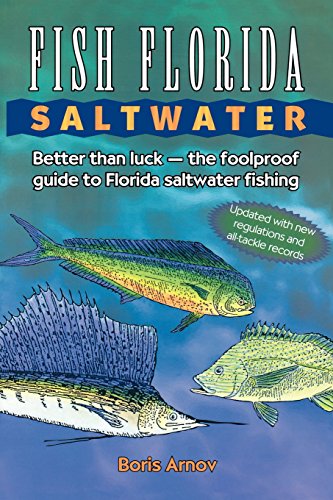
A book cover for Fish Florida Saltwater: Better Than LuckThe Foolproof Guide to Florida Saltwater Fishing; Boris Arnov; Sports & Outdoors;